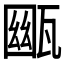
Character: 𤭳